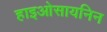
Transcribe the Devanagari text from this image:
हाइओसायनिन